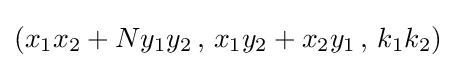
(x_{1}x_{2}+Ny_{1}y_{2}\,,\,x_{1}y_{2}+x_{2}y_{1}\,,\,k_{1}k_{2})